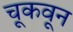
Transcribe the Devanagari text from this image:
चूकवून